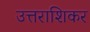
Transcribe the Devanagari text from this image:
उत्तराशिकर